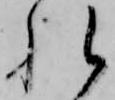
れ